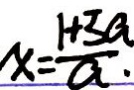
x = \frac { 1 + 3 a } { a } .